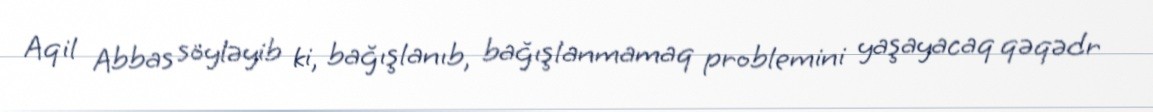
Aqil Abbas söyləyib ki, bağışlanıb, bağışlanmamaq problemini yaşayacaq qəqədr